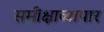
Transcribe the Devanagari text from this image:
समीक्षाव्यापार